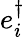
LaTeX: e_{i}^{\dagger}